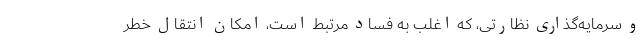
و سرمایه‌گذاری نظارتی، که اغلب به فساد مرتبط است، امکان انتقال خطر